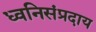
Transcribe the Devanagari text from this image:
ध्वनिसंप्रदाय